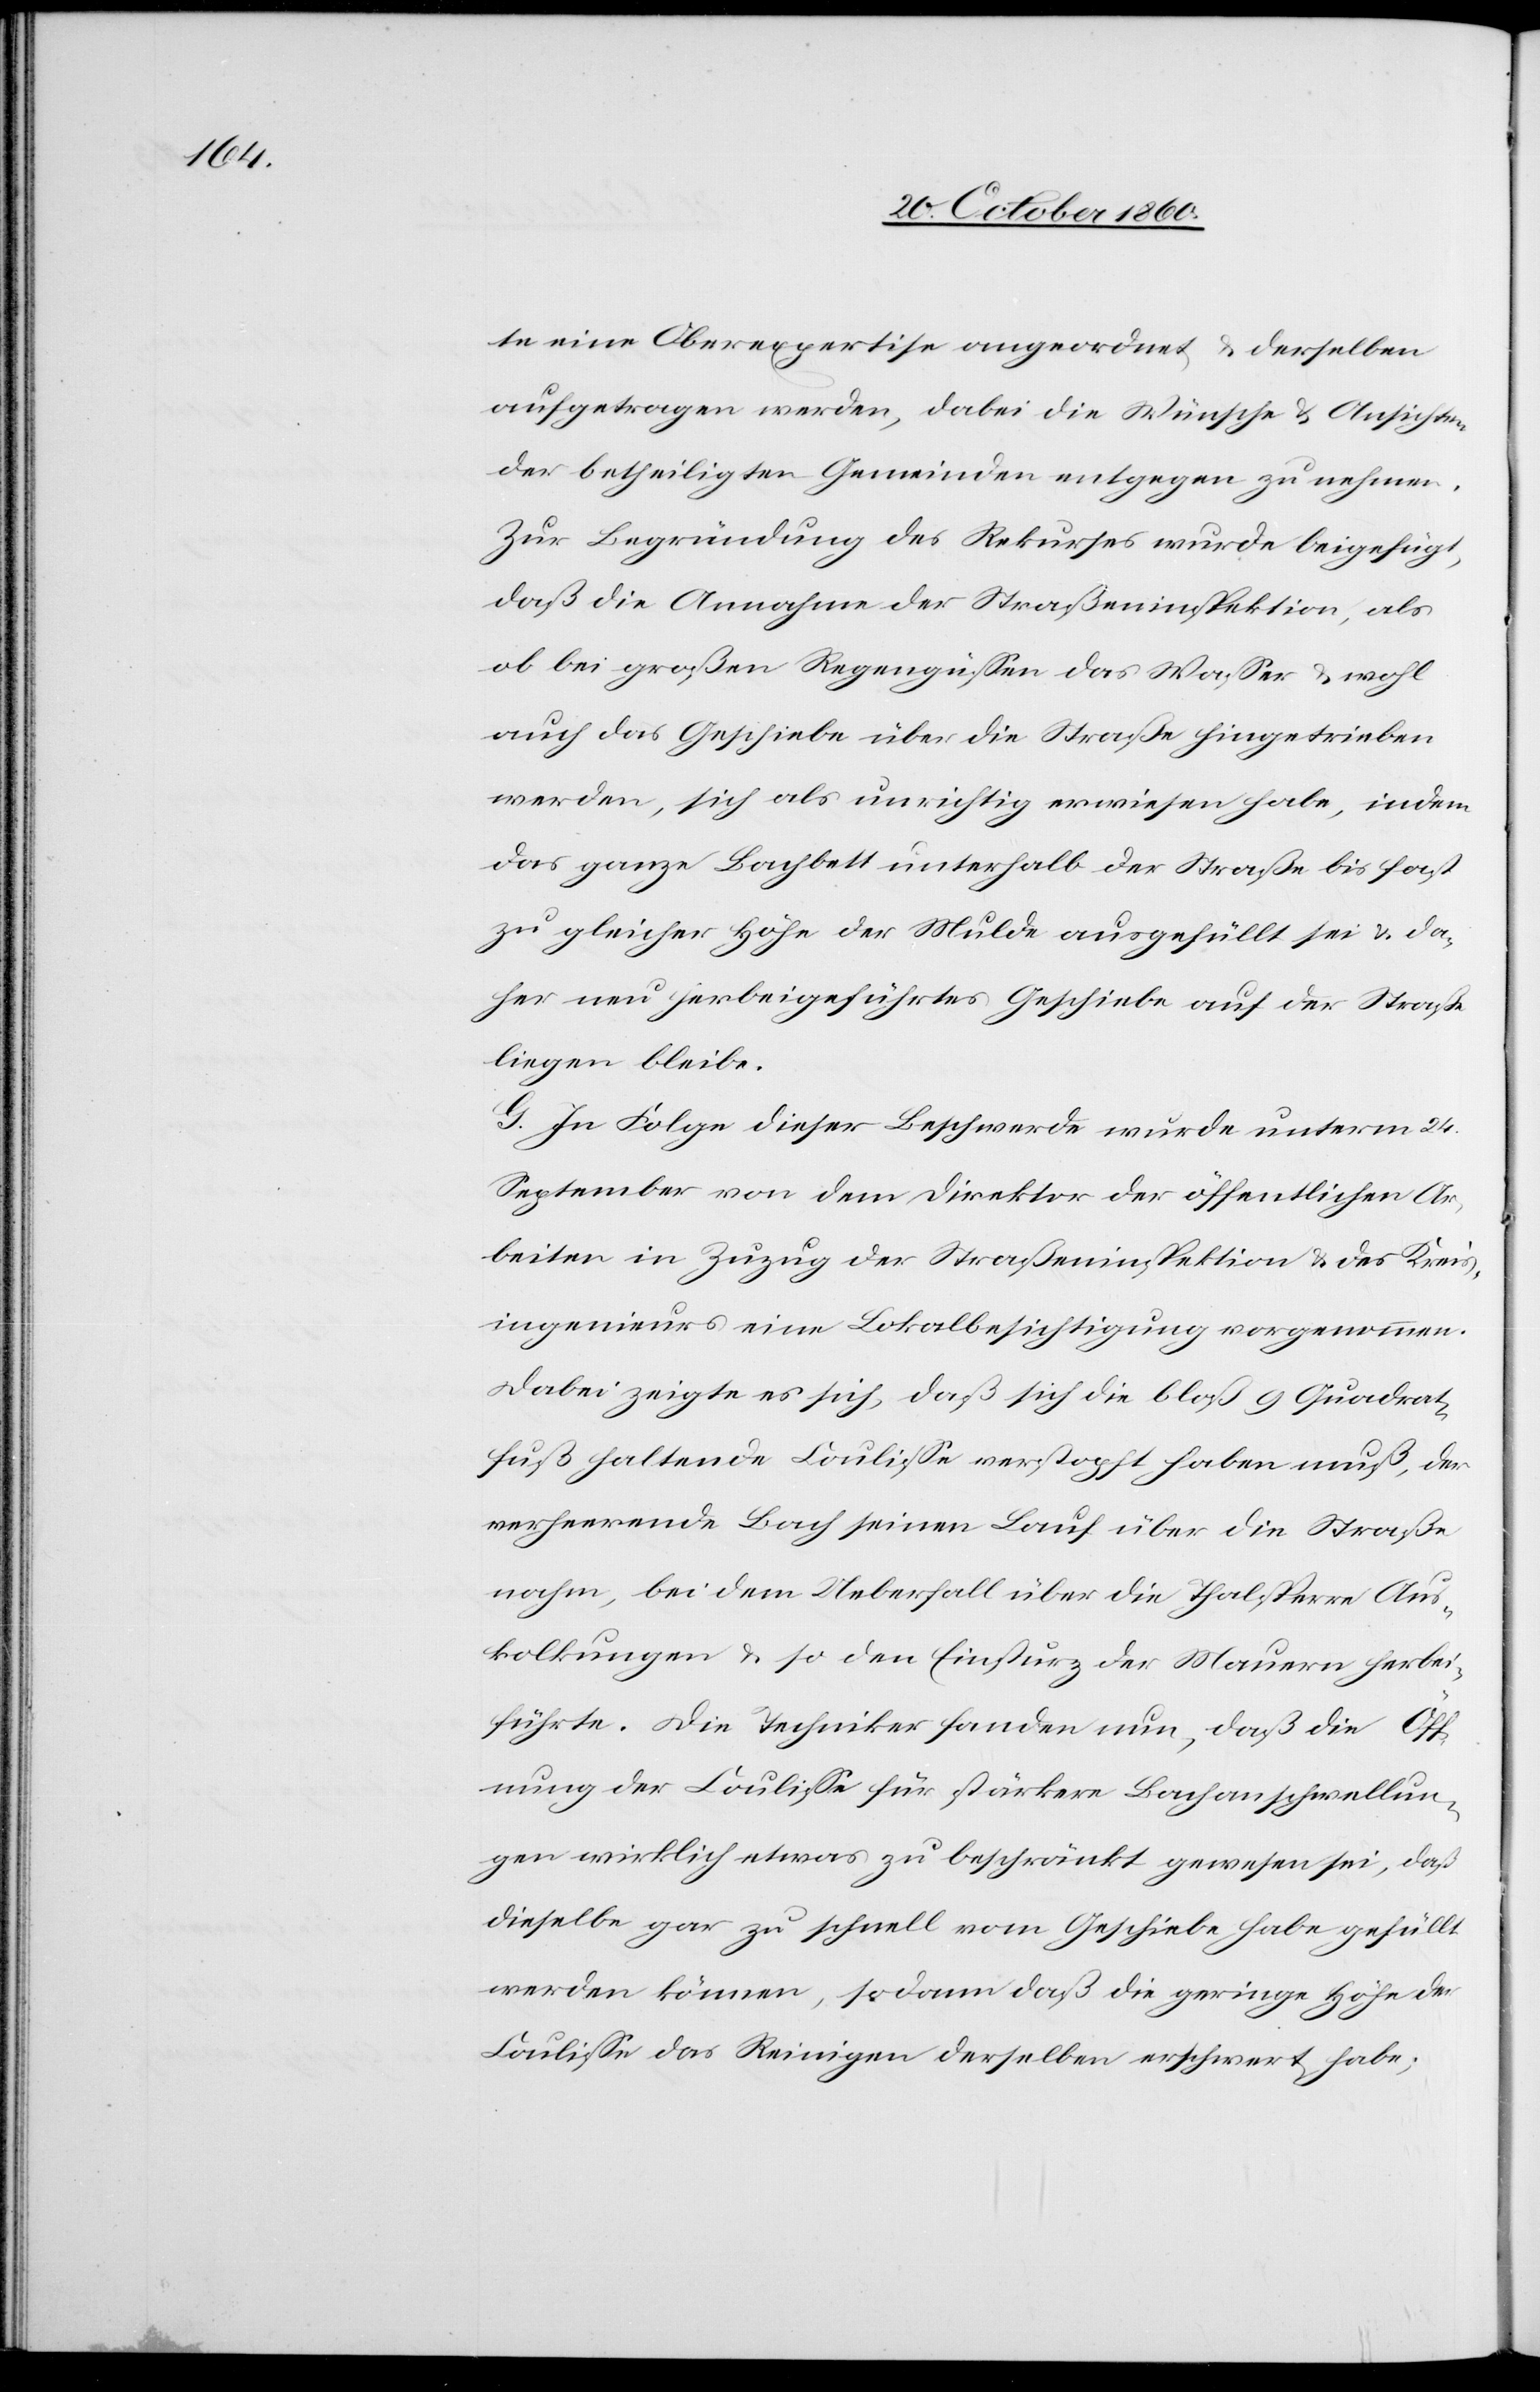
te eine Oberexpertise angeordnet u. derselben
aufgetragen werden, dabei die Wünsche u. Ansichten
der betheiligten Gemeinden entgegen zu nehmen.
Zur Begründung des Rekurses wurde beigefügt,
daß die Annahme der Straßeninspektion, als
ob bei großen Regengüssen das Wasser u. wohl
auch das Geschiebe über die Straße hingetrieben
werden, sich als unrichtig erwiesen habe, indem
das ganzen Bachbett unterhalb der Straße bis fast
zu gleicher Höhe der Mulde ausgefüllt sei u. da¬
her neu herbeigeführtes Geschiebe auf der Straße
liegen bleibe.
G. In Folge dieser Beschwerde wurde unterm 24.
September von dem Direktor der öffentlichen Ar¬
beiten in Zuzug der Straßeninspektion u. des Kreis¬
ingenieurs eine Lokalbesichtigung vorgenommen.
Dabei zeigte es sich, daß sich die bloß 9 Quadrat¬
fuß haltende Coulisse verstopft haben muß, der
verheerende Bach seinen Lauf über die Straße
nahm, bei dem Ueberfall über die Thalsperre Aus¬
kolkungen u. so den Einsturz der Mauern herbei¬
führte. Die Techniker fanden nun, daß die Öff¬
nung der Coulisse für stärkere Bachanschwellun¬
gen wirklich etwas zu beschränkt gewesen sei, daß
dieselbe gar zu schnell vom Geschiebe habe gefüllt
werden können, so dann daß die geringe Höhe der
Coulisse das Reinigen derselben erschwert habe;